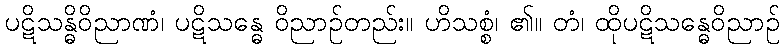
ပဋိသန္ဓိဝိညာဏံ၊ ပဋိသန္ဓေ ဝိညာဉ်တည်း။ ဟိသစ္စံ၊ ၏။ တံ၊ ထိုပဋိသန္ဓေဝိညာဉ်